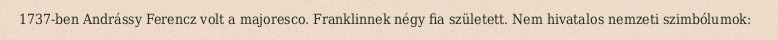
1737-ben Andrássy Ferencz volt a majoresco. Franklinnek négy fia született. Nem hivatalos nemzeti szimbólumok: